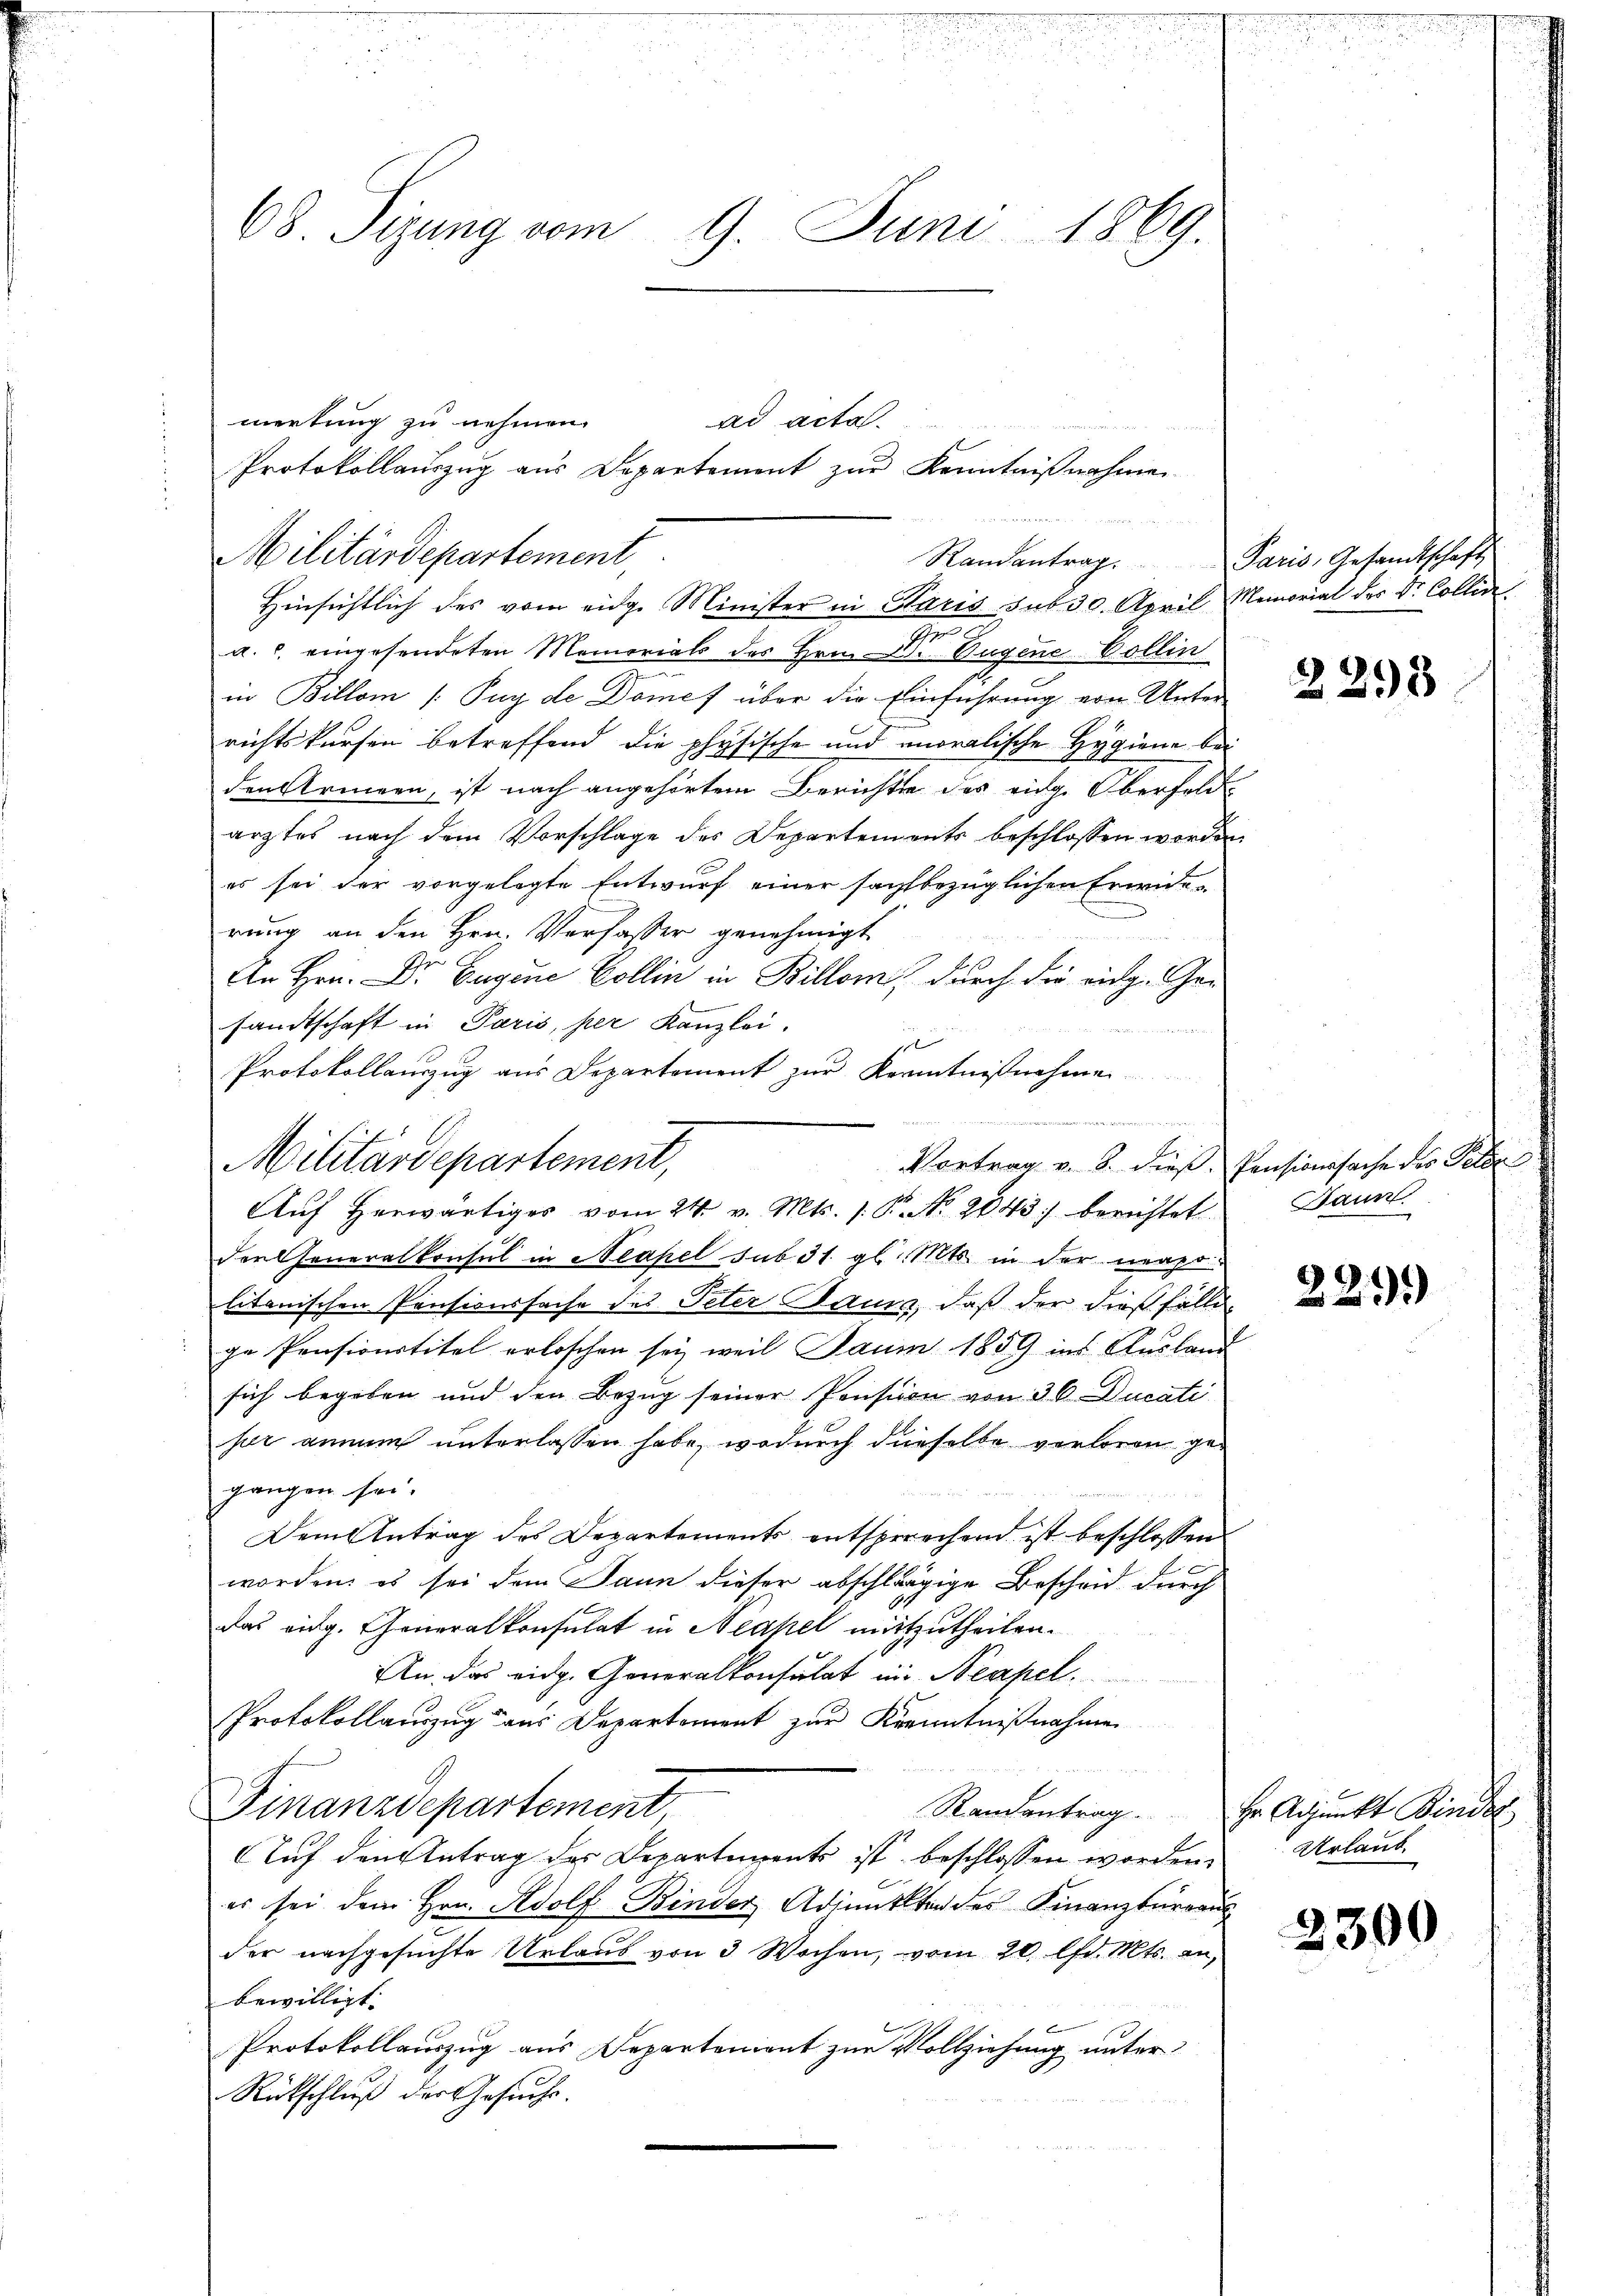
68 Sizung vom 9. Juni 1869.

merkung zu nehmen.
Militärdepartement
Hinsichtlich des vom eidge Minister in Haris sub 30. April Memorial der Dr. Collini
a. c. eingesendeten Memorials des Hrn. Dr Eugene Collin
in Billon /: Puy de Domef über die Einführung von Unter
richtskursen betreffend die physische und moralische Hygiene bei
den Armeen, ist nach angehörtem Berichte des eidg. Oberfolg
ärztes nach dem Vorschlage des Departements beschlossen worden
es sei der vorgelegte Entwurf einer sachbezüglichen Erwide-
rung an den Hrn. Verfasser genehmigt
An Hrn. Dr Eugene Collin in Billon, durch die eidg. Gesandtschaft in Paris, per Kanzlei.
1
Protokollauszug aus Departement zur Kenntnißnahmen
Vortrag v. 8. dieβ. Pensionssache des Peten
Auf herwärtiges vom 24. v. Mts. 1. P. Nr. 2043) berichtet
der Generalkonsul in Neapel sub 31. gl. Mts. in der neapo-
litanischen Pensionssache des Peter Bauma, daß der dießfälle
ge Pensionstitel erloschen sei, weil Jaum 1859 ins Ausland
sich begeben und den Bezug seiner Pension von 30 Ducati
sr annam unterlassen habe, wodurch dieselbe verloren gegangen sei.
Dem Antrag des Departements entsprechend ist beschlossen
worden, es sei dem Jann dieser abschlägige Bescheid durch
das eidg. Generalkonsulat in Neapel mitzutheilen.
An das eidg. Generalkonsulat in Neapel.
Protokollauszug aus Departement zur Kenntnißnahme
Finanzdepartement,
Randentrag
Auf den Antrag des Departements ist beschlossen worden.
es sei dem Hrn. Adolf Binder Adimittag des Finanzburgau
der nachgesuchte Urlaŭs von 3 Wochen, vom 20. lfd. Mts. an,
bewilligt.
Protokollauszug aus Departenient zur Vollziehung unter
Rückschluß der Gesuche.

Militärdepartement,

ad acta.
Protokollauszug aus Departement zur Kenntnißnahmen
Randantrag. Paris, Gesandtschaft

E

2295

Haunt.

229)

Hr. Adjunkt Binde
Urlaub.

2300